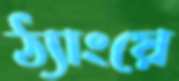
ঠ্যাংয়ে